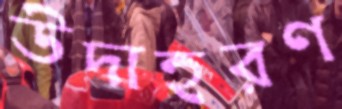
উদাহরণ